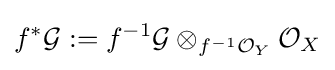
f^{*}{\mathcal {G}}:=f^{-1}{\mathcal {G}}\otimes _{f^{-1}{\mathcal {O}}_{Y}}{\mathcal {O}}_{X}